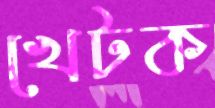
খেটক